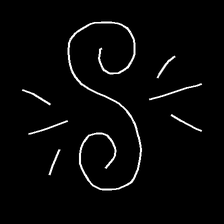
Glyph: wind-directs-air